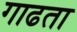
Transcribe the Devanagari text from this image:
गाढता